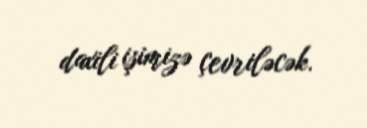
daxili işimizə çevriləcək.